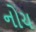
નોચ